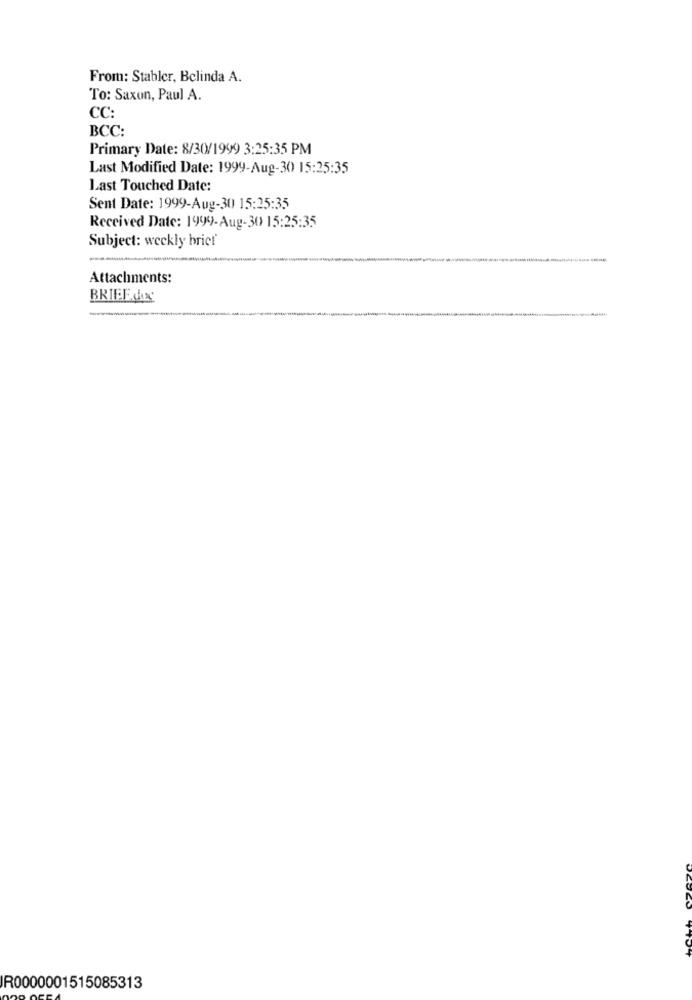
From: Stabler, Belinda A.
To: Saxon, Paul A.
CC:
BCC:
Primary Date: 8/30/1999 3:25:35 PM
Last Modified Date: 1999-Aug-30 15:25:35
Last Touched Date:
Sent Date: 1999-Aug-30 15:25:35
Received Date: 1999-Aug-30 15:25:35
Subject: weekly briet
-
Attachments:
BRIEF des
IR0000001515085313